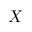
X